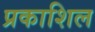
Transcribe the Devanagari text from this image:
प्रकाशिल